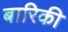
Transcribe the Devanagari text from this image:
बारिकी